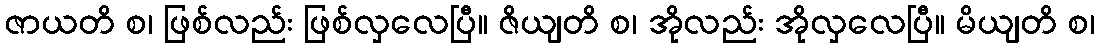
ဇာယတိ စ၊ ဖြစ်လည်း ဖြစ်လှလေပြီ။ ဇိယျတိ စ၊ အိုလည်း အိုလှလေပြီ။ မိယျတိ စ၊